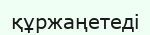
құржаңетеді